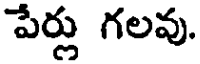
పేర్లు గలవు.